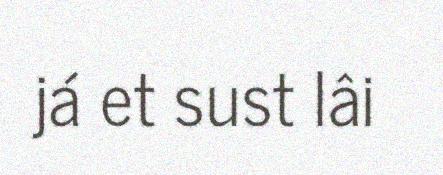
já et sust lâi